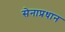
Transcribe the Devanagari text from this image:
सेनाप्रधान